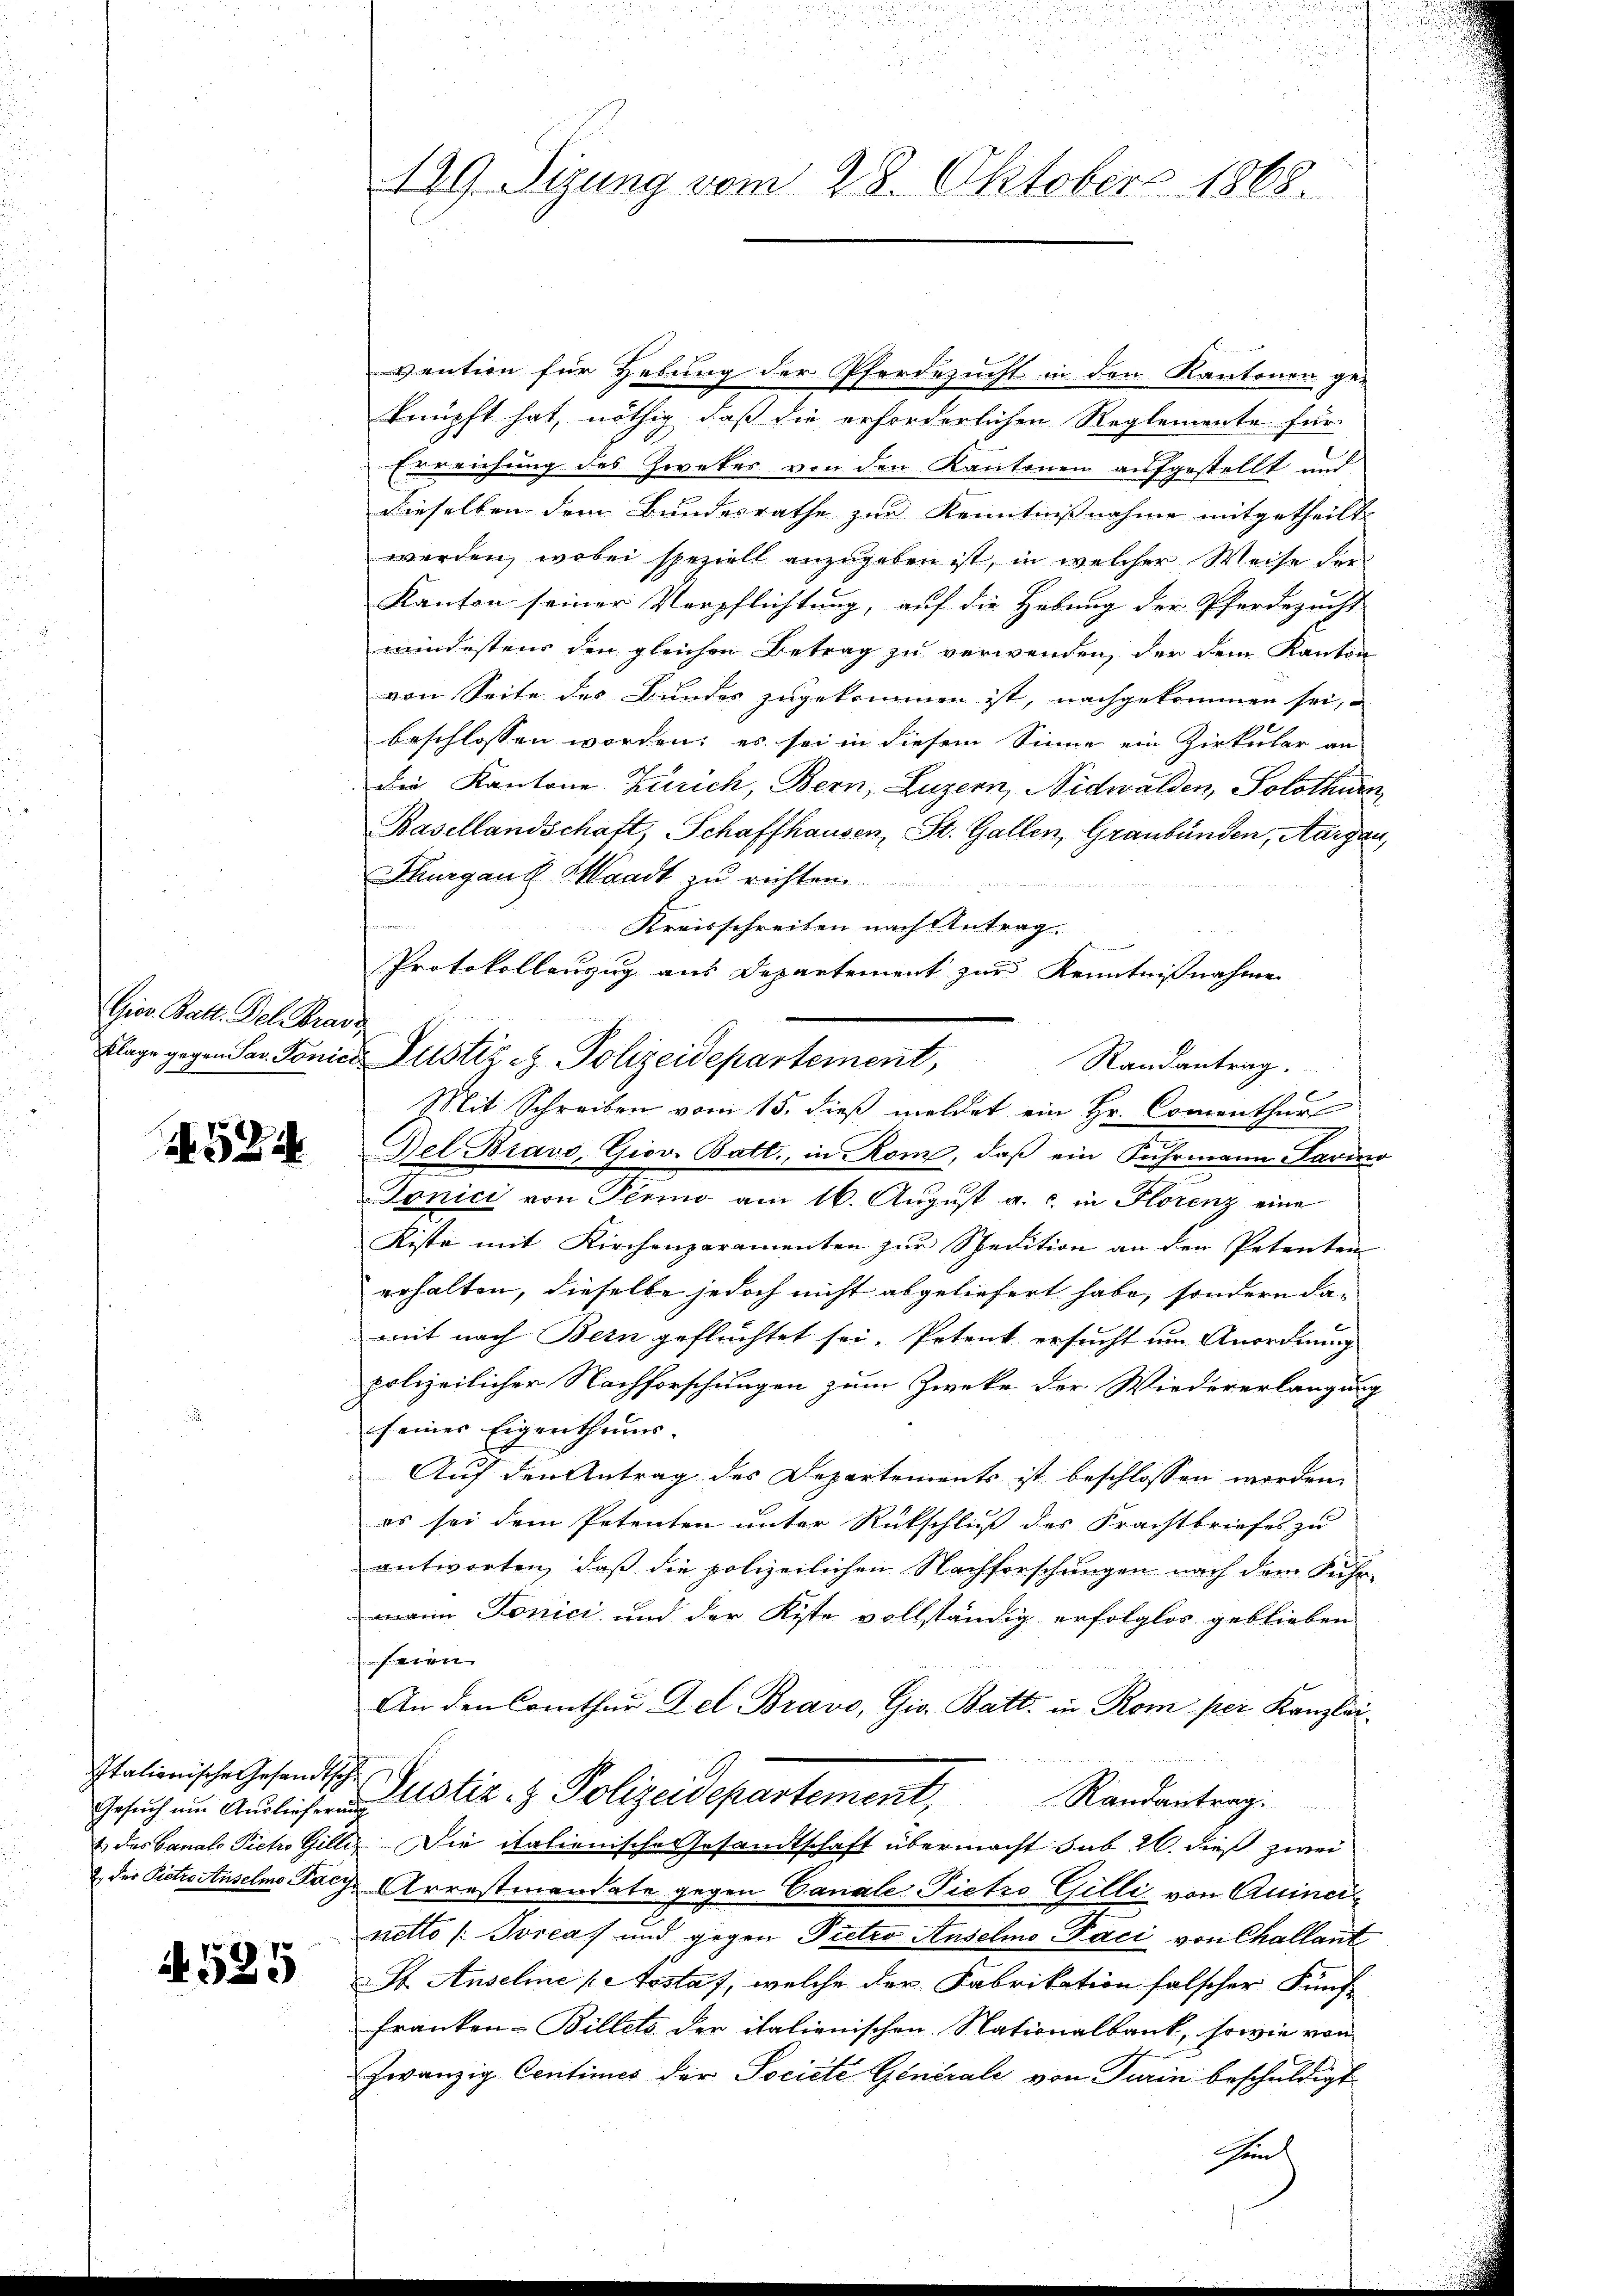
Gios. Batt. Del Bravs

524

Gesuch um Auslieferung

525

199. Sizung vom 28. Oktober 1868.

vention für Hebung der Pferdezucht in den Kantonen ge-
knüpft hat, nöthig, daß die erforderlichen Reglemente für
Erreichung des Zwekes von den Kantonen aufgestellt und
dieselben dem Bundesrathe zur Kenntnißnahme mitgetheilt
werden, wobei speziell anzugeben ist, in welcher Weise der
Kanton seiner Verpflichtung, auf die Hebung der Pferdezucht
mindestens den gleichen Betrag zu verwenden, der dem Kanton
von Seite des Bundes zugekommen ist, nachgekommen sei,
beschlossen worden; es sei in diesem Sinne ein Zirkular an
die Kantone Zürich, Bern, Luzern, Nidwalden, Solothur
Basellandschaft, Schaffhausen, St. Gallen, Graubünden, Aargau,
Thurgau, Waadt zu richten.

Kreisschreiben nach Antrag.
u
Protokollenzug aus Departement zur Kenntnißnahme
Klage gegen das Tonier Justiz & Polizeidepartement,
Randantrag.
Mit Schreiben vom 15. dieß meldet ein Hr. Comenthur
r
Del Bravo, Giov. Batt., in Rom, daβ ein Fuhrmann Savino
Donici von Perio am 16. August a. c. in Florenz eine
Kiste mit Kirchenparamenten zur Spedition an den Petenten
erhalten, dieselbe jedoch nicht abgeliefert habe, sondern da-
mit nach Bern geflüchtet sei. Potent ersucht um Anordnung
polizeilicher Nachforschungen zum Zwecke der Wiedererlangung
seiner Eigenthums-
Auf den Antrag des Departements ist beschlossen worden.
es sei dem Petenten unter Rückschluß des Frachtbriefes zu
antworten, daß die polizeilichen Nachforschungen nach dem Fuhr-
mann Tonici und der Kiste vollständig erfolglos geblieben
heien
An den Comthur del Bravo, Gis. Batt. in Rom per Kanzlei¬
Italienische Gesandtsche Justiz & Polizeidepartement, Randantrag.
1 des Canals Pietro Gilli die italienisches Gesandtschaft übermacht sub 20. dieß zwei
2. der Pietractuselms Tag. Arrestmandate gegen Canale Pietro Gilli von Quincinetto (Torca, und gegen Pretro Anselmo Faci von Challant
St. Anselme [Aosta, welche der Fabrikation falscher Fünf-
Franken-Billets der italienischen Nationalbank, sowie von
zwanzig Centimes der Societe Generale von Turin beschuldigt
Gen